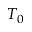
T _ { 0 }